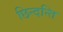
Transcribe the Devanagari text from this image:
छिन्दन्ति